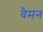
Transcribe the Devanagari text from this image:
वैमन